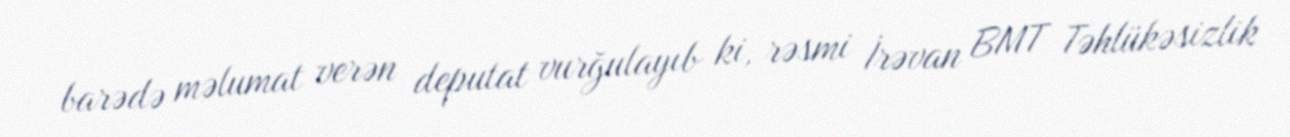
barədə məlumat verən deputat vurğulayıb ki, rəsmi İrəvan BMT Təhlükəsizlik